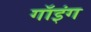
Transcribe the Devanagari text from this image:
गॉइंग